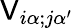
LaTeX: \mathsf{V}_{i\alpha;j\alpha^{\prime}}